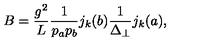
B = \frac { g ^ { 2 } } { L } \frac { 1 } { p _ { a } p _ { b } } j _ { k } ( b ) \frac { 1 } { \Delta _ { \perp } } j _ { k } ( a ) ,